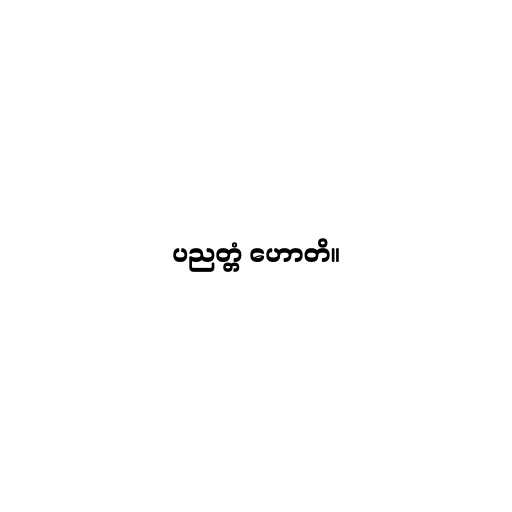
ပညတ္တံ ဟောတိ။